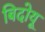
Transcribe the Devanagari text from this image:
बिदोयू